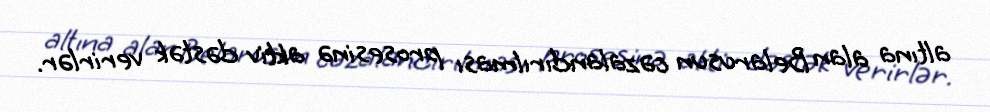
altına alan Belarusun cəzalandırılması prosesinə aktiv dəstək verirlər.